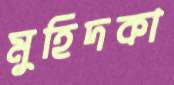
মুহিদকা